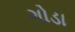
ગોડા